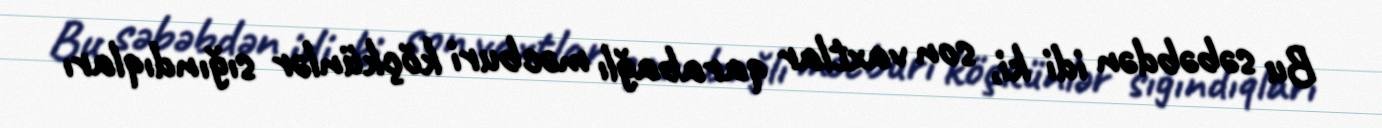
Bu səbəbdən idi ki, son vaxtlar qarabağlı məcburi köçkünlər sığındıqları